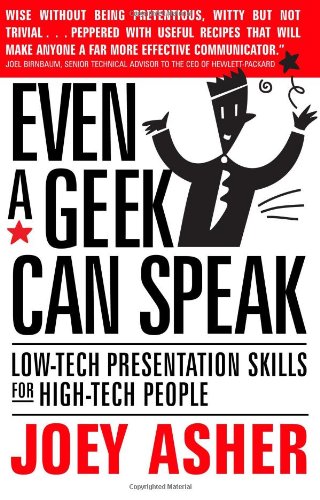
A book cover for Even a Geek Can Speak; Joey Asher; Business & Money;